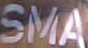
SMA